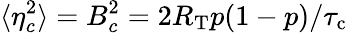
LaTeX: \langle\eta_{c}^{2}\rangle=B_{c}^{2}=2R_{\mathrm{T}}p(1-p)/{\tau_{\mathrm{c}}}